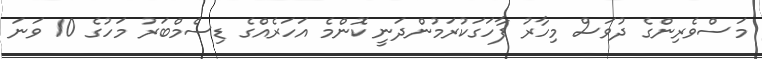
މަސްވެރިންގެ ދުވަސް މިހާރު ފާހަގަކުރަމުންދަނީ ކޮންމެ އަހަރެއްގެ ޑިސެމްބަރު މަހުގެ 10 ވަނަ